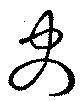
史